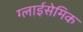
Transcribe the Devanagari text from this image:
ग्लाईसेमिक